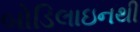
બોડિલાઇનથી